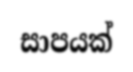
සාපයක්